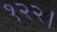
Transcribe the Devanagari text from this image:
१२२।